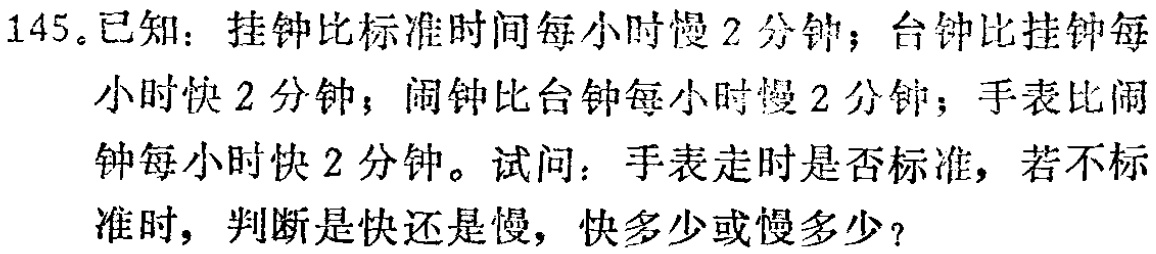
145。已知：挂钟比标准时间每小时慢2分钟；台钟比挂钟每小时快2分钟；闹钟比台钟每小时慢2分钟；手表比闹钟每小时快2分钟。试问：手表走时是否标准，若不标准时，判断是快还是慢，快多少或慢多少？